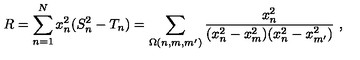
R = \sum _ { n = 1 } ^ { N } x _ { n } ^ { 2 } ( S _ { n } ^ { 2 } - T _ { n } ) = \sum _ { \Omega ( n , m , m ^ { \prime } ) } \frac { x _ { n } ^ { 2 } } { ( x _ { n } ^ { 2 } - x _ { m } ^ { 2 } ) ( x _ { n } ^ { 2 } - x _ { m ^ { \prime } } ^ { 2 } ) } \ ,